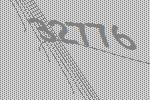
32776